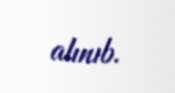
alınıb.